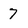
Character: 7